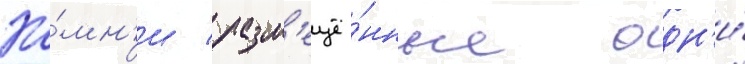
Ка́мн'и / разм'ещё́нные одн'и́